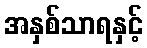
အနှစ်သာရနှင့်